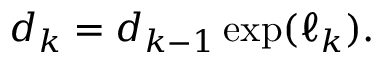
d _ { k } = d _ { k - 1 } \exp ( \ell _ { k } ) .